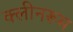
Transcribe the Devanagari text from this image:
क्लीनरूम